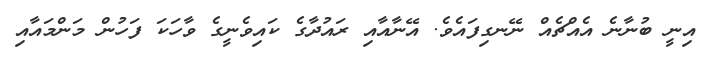
އިނީ ބުނާނެ އެއްޗެއް ނޭނގިފައެވެ. އޭނާއާއި ރައުދާގެ ކައިވެނީގެ ވާހަކަ ފަހުން މަންމައާއި